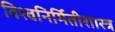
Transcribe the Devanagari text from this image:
विश्वनिर्मितीशास्त्र